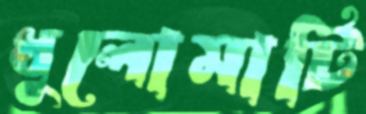
ধুলোমাটি